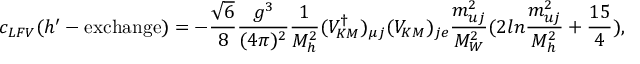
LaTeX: c _ { L F V } ( h ^ { \prime } - \mathrm { e x c h a n g e } ) = - \frac { \sqrt { 6 } } { 8 } \frac { g ^ { 3 } } { ( 4 \pi ) ^ { 2 } } \frac { 1 } { M _ { h } ^ { 2 } } ( V _ { K M } ^ { \dag } ) _ { \mu j } ( V _ { K M } ) _ { j e } \frac { m _ { u j } ^ { 2 } } { M _ { W } ^ { 2 } } ( 2 l n \frac { m _ { u j } ^ { 2 } } { M _ { h } ^ { 2 } } + \frac { 1 5 } { 4 } ) ,